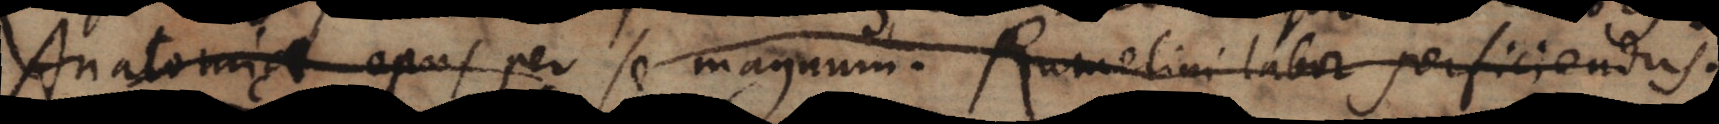
Anatomia opus per se magnum. Rumelini labor perficiendus.